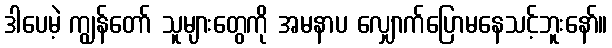
ဒါပေမဲ့ ကျွန်တော် သူများတွေကို အမနာပ လျှောက်ပြောမနေသင့်ဘူးနော်။